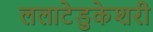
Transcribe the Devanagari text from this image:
ललाटेडुकेशरी